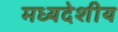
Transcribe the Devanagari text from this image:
मध्‍यदेशीय